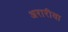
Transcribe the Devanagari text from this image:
अरारीया